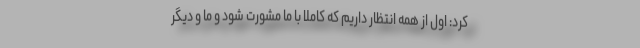
کرد: اول از همه انتظار داریم که کاملا با ما مشورت شود و ما و دیگر